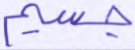
جسيم